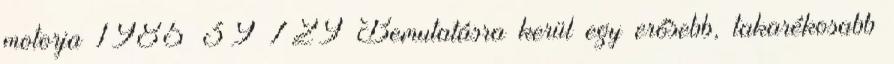
motorja 1985 39 729 Bemutatásra kerül egy erősebb, takarékosabb